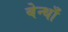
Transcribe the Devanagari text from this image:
बेन्थाँ